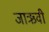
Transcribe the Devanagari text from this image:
जाऋवी